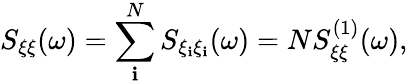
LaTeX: S_{\xi\xi}(\omega)=\sum_{\mathbf{i}}^{N}S_{\xi_{\mathbf{i}}\xi_{\mathbf{i}}}(\omega)=NS_{\xi\xi}^{(1)}(\omega),